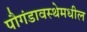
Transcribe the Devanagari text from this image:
पौगंडावस्थेमधील